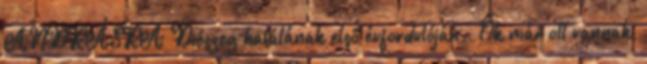
ANDRÁSRA Diószeg halálának első évfordulóján. „Ők már ott vannak,